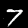
Label: 7